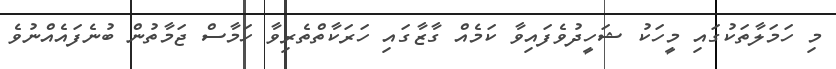
މި ހަމަލާތަކުގައި މީހަކު ޝަހީދުވެފައިވާ ކަމެއް ގާޒާގައި ހަރަކާތްތެރިވާ ހަމާސް ޖަމާތުން ބުނެފައެއްނުވެ